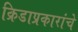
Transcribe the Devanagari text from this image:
क्रिडाप्रकारांचे